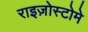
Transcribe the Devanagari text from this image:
राइज़ोस्टोमे